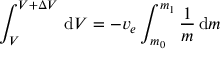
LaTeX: \int _ { V } ^ { V + \Delta V } \, \mathrm { d } V = { - v _ { e } } \int _ { m _ { 0 } } ^ { m _ { 1 } } { \frac { 1 } { m } } \, \mathrm { d } m